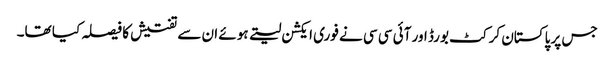
جس پر پاکستان کرکٹ بورڈ اور آئی سی سی نے فوری ایکشن لیتے ہوئے ان سے تفتیش کا فیصلہ کیا تھا۔